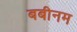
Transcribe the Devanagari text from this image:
बबीनम